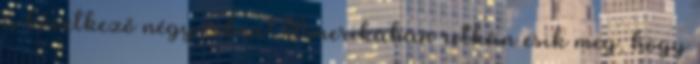
a következő négy évben? Amerikában ritkán esik meg, hogy